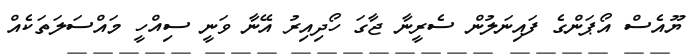
ޔޫއެސް އޯޕަންގެ ފައިނަލުން ސެރީނާ ޖާގަ ހޯދިއިރު އޭނާ ވަނީ ސިއްހީ މައްސަލަތަކެއް